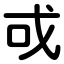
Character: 戓